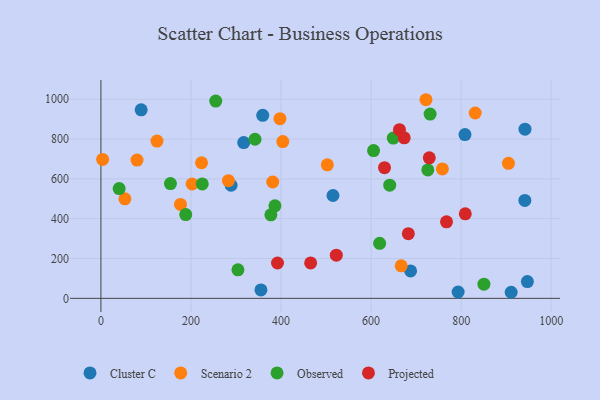
{"axis": {"x": "Distance", "y": "Fuel Efficiency"}, "legend": ["Cluster C", "Observed", "Projected", "Scenario 2"], "data": [{"x": "687.7", "y": 137.5, "type": "Cluster C"}, {"x": "947.1", "y": 84.2, "type": "Cluster C"}, {"x": "89.4", "y": 947.0, "type": "Cluster C"}, {"x": "515.4", "y": 516.5, "type": "Cluster C"}, {"x": "355.4", "y": 42.2, "type": "Cluster C"}, {"x": "808.5", "y": 822.5, "type": "Cluster C"}, {"x": "359.4", "y": 919.1, "type": "Cluster C"}, {"x": "793.3", "y": 31.8, "type": "Cluster C"}, {"x": "941.5", "y": 492.0, "type": "Cluster C"}, {"x": "911.1", "y": 30.4, "type": "Cluster C"}, {"x": "941.8", "y": 849.6, "type": "Cluster C"}, {"x": "289.1", "y": 568.0, "type": "Cluster C"}, {"x": "317.1", "y": 782.5, "type": "Cluster C"}, {"x": "80.2", "y": 694.3, "type": "Scenario 2"}, {"x": "502.8", "y": 670.4, "type": "Scenario 2"}, {"x": "397.6", "y": 902.2, "type": "Scenario 2"}, {"x": "283.1", "y": 590.8, "type": "Scenario 2"}, {"x": "403.9", "y": 787.3, "type": "Scenario 2"}, {"x": "721.9", "y": 997.6, "type": "Scenario 2"}, {"x": "176.7", "y": 471.8, "type": "Scenario 2"}, {"x": "53.2", "y": 499.6, "type": "Scenario 2"}, {"x": "381.5", "y": 584.4, "type": "Scenario 2"}, {"x": "831.2", "y": 930.8, "type": "Scenario 2"}, {"x": "666.9", "y": 163.4, "type": "Scenario 2"}, {"x": "905.1", "y": 677.9, "type": "Scenario 2"}, {"x": "124.5", "y": 790.1, "type": "Scenario 2"}, {"x": "758.3", "y": 650.0, "type": "Scenario 2"}, {"x": "223.5", "y": 680.9, "type": "Scenario 2"}, {"x": "202.6", "y": 574.4, "type": "Scenario 2"}, {"x": "3.8", "y": 697.7, "type": "Scenario 2"}, {"x": "255.0", "y": 990.8, "type": "Observed"}, {"x": "377.5", "y": 419.6, "type": "Observed"}, {"x": "641.4", "y": 568.4, "type": "Observed"}, {"x": "649.3", "y": 805.1, "type": "Observed"}, {"x": "154.4", "y": 576.5, "type": "Observed"}, {"x": "304.3", "y": 143.0, "type": "Observed"}, {"x": "726.0", "y": 645.1, "type": "Observed"}, {"x": "188.4", "y": 420.6, "type": "Observed"}, {"x": "619.0", "y": 276.4, "type": "Observed"}, {"x": "40.5", "y": 551.3, "type": "Observed"}, {"x": "225.1", "y": 574.8, "type": "Observed"}, {"x": "850.6", "y": 71.1, "type": "Observed"}, {"x": "731.1", "y": 925.3, "type": "Observed"}, {"x": "386.5", "y": 464.6, "type": "Observed"}, {"x": "342.2", "y": 799.0, "type": "Observed"}, {"x": "605.5", "y": 742.3, "type": "Observed"}, {"x": "465.8", "y": 177.9, "type": "Projected"}, {"x": "767.5", "y": 384.5, "type": "Projected"}, {"x": "809.2", "y": 424.5, "type": "Projected"}, {"x": "392.2", "y": 177.4, "type": "Projected"}, {"x": "663.0", "y": 847.3, "type": "Projected"}, {"x": "522.8", "y": 217.0, "type": "Projected"}, {"x": "682.7", "y": 324.7, "type": "Projected"}, {"x": "629.8", "y": 656.5, "type": "Projected"}, {"x": "729.3", "y": 705.9, "type": "Projected"}, {"x": "673.5", "y": 806.2, "type": "Projected"}]}